Plague in India, 1896, 1897 - Volume 2
Year: 1896
Disease focus: Plague
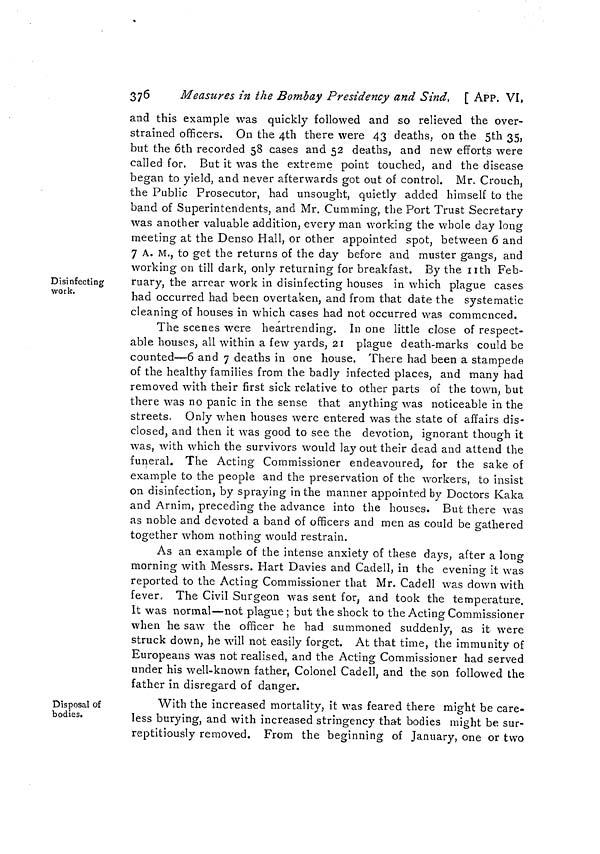
376
Measures in the Bombay Presidency and Sind, [ APP. VI,
Disinfecting
work.
and this example was quickly followed and so relieved the over-
strained officers. On the 4th there were 43 deaths, on the 5th 35,
but the 6th recorded 58 cases and 52 deaths, and new efforts were
called for, But it was the extreme point touched, and the disease
began to yield, and never afterwards got out of control. Mr. Crouch,
the Public Prosecutor, had unsought, quietly added himself to the
band of Superintendents, and Mr. Gumming, the Port Trust Secretary
was another valuable addition, every man working the whole day long
meeting at the Denso Hall, or other appointed spot, between 6 and
7 A. M., to get the returns of the day before and muster gangs, and
working on till dark, only returning for breakfast, By the nth Feb-
ruary, the arrear work in disinfecting houses in which plague cases
had occurred had been overtaken, and from that date the systematic
cleaning of houses in which cases had not occurred was commenced.
The scenes were heartrending. In one little close of respect-
able houses, all within a few yards, 21 plague death-marks could be
counted—6 and 7 deaths in one house. There had been a stampede
of the healthy families from the badly infected places, and many had
removed with their first sick relative to other parts of the town, but
there was no panic in the sense that anything was noticeable in the
streets. Only when houses were entered was the state of affairs dis-
closed, and then it was good to see the devotion, ignorant though it
was, with which the survivors would lay out their dead and attend the
funeral. The Acting Commissioner endeavoured, for the sake of
example to the people and the preservation of the workers, to insist
on disinfection, by spraying in the manner appointed by Doctors Kaka
and Arnim, preceding the advance into the houses. But there was
as noble and devoted a band of officers and men as could be srathered
D
together whom nothing would restrain.
As an example of the intense anxiety of these days, after a long
morning with Messrs. Hart Davies and Cadell, in the evening it was
reported to the Acting Commissioner that Mr. Cadell was down with
fever. The Civil Surgeon was sent for, and took the temperature.
It was normal—not plague ; but the shock to the Acting Commissioner
when he saw the officer he had summoned suddenly, as it were
struck down, he will not easily forget. At that time, the immunity of
Europeans was not realised, and the Acting Commissioner had served
under his well-known father, Colonel Cadell, and the son followed the
father in disregard of danger.
Disposal of
bodies.
With the increased mortality, it was feared there might be care-
less buying, and with increased stringency that bodies might be sur-
reptitiously removed. From the beginning of January, one or two